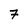
Character: 7